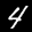
Label: 4